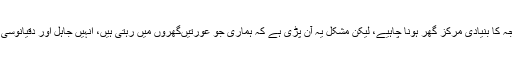
پاکستانی عورت کی توجہ کا بنیادی مرکز گھر ہونا چاہیے، لیکن مشکل یہ آن پڑی ہے کہ ہماری جو عورتیںگھروں میں رہتی ہیں، انہیں جاہل اور دقیانوسی خیال کیا جانے لگا ہے۔